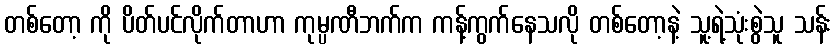
တစ်တော့ ကို ပိတ်ပင်လိုက်တာဟာ ကုမ္ပဏီဘက်က ကန့်ကွက်နေသလို တစ်တော့နဲ့ သူ့ရဲ့သုံးစွဲသူ သန်း